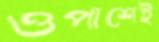
ওপাশেই